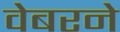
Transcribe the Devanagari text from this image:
वेबरने